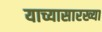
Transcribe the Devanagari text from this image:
याच्यासारख्या